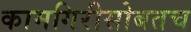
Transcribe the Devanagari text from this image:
कामगिरीसोबतच